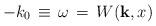
LaTeX: \begin{align*}-k_0 {\,}\equiv{\,} \omega {\,}={\,} W({\bf k},x)\end{align*}